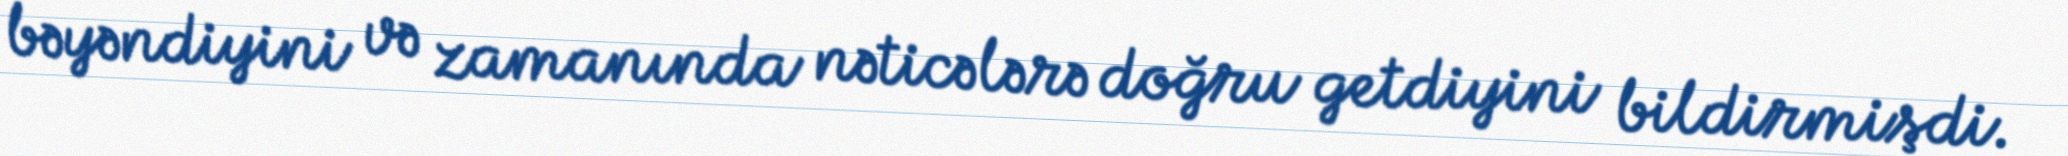
bəyəndiyini və zamanında nəticələrə doğru getdiyini bildirmişdi.